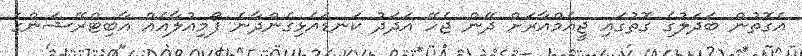
އެގޮތުން ބަދަލުގެ ގޮތުގައި ޖީއެމްއާރަށް ދޭން ޖެހޭ އަދަދު ކަނޑައެޅިގެންދާނެ ފޯމިއުލާއެއް އާބިޓްރޭޝަންގެ